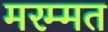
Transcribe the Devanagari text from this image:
मरम्मत